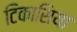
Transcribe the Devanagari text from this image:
टिकासिया